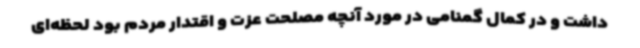
داشت و در کمال گمنامی در مورد آنچه مصلحت عزت و اقتدار مردم بود لحظه‌ای